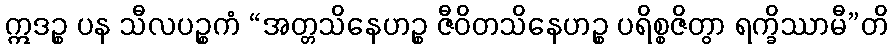
ဣဒဉ္စ ပန သီလပဉ္စကံ “အတ္တသိနေဟဉ္စ ဇီဝိတသိနေဟဉ္စ ပရိစ္စဇိတွာ ရက္ခိဿာမီ”တိ